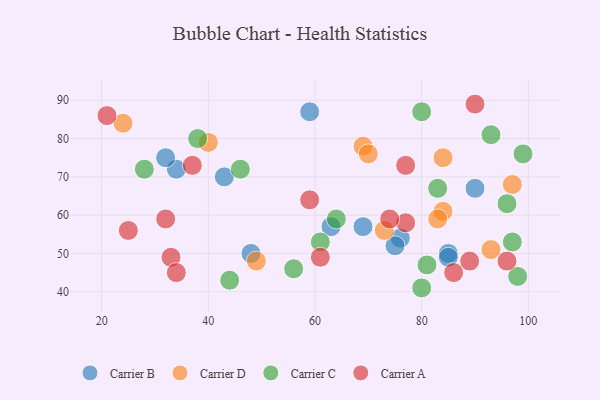
{"axis": {"x": "GDP", "y": "Life Expectancy"}, "legend": ["Carrier A", "Carrier B", "Carrier C", "Carrier D"], "data": [{"x": "48", "y": 50, "type": "Carrier B"}, {"x": "76", "y": 54, "type": "Carrier B"}, {"x": "85", "y": 50, "type": "Carrier B"}, {"x": "63", "y": 57, "type": "Carrier B"}, {"x": "43", "y": 70, "type": "Carrier B"}, {"x": "75", "y": 52, "type": "Carrier B"}, {"x": "34", "y": 72, "type": "Carrier B"}, {"x": "85", "y": 49, "type": "Carrier B"}, {"x": "59", "y": 87, "type": "Carrier B"}, {"x": "90", "y": 67, "type": "Carrier B"}, {"x": "32", "y": 75, "type": "Carrier B"}, {"x": "69", "y": 57, "type": "Carrier B"}, {"x": "84", "y": 61, "type": "Carrier D"}, {"x": "73", "y": 56, "type": "Carrier D"}, {"x": "69", "y": 78, "type": "Carrier D"}, {"x": "49", "y": 48, "type": "Carrier D"}, {"x": "93", "y": 51, "type": "Carrier D"}, {"x": "40", "y": 79, "type": "Carrier D"}, {"x": "83", "y": 59, "type": "Carrier D"}, {"x": "97", "y": 68, "type": "Carrier D"}, {"x": "24", "y": 84, "type": "Carrier D"}, {"x": "70", "y": 76, "type": "Carrier D"}, {"x": "84", "y": 75, "type": "Carrier D"}, {"x": "80", "y": 41, "type": "Carrier C"}, {"x": "80", "y": 87, "type": "Carrier C"}, {"x": "99", "y": 76, "type": "Carrier C"}, {"x": "56", "y": 46, "type": "Carrier C"}, {"x": "97", "y": 53, "type": "Carrier C"}, {"x": "96", "y": 63, "type": "Carrier C"}, {"x": "81", "y": 47, "type": "Carrier C"}, {"x": "93", "y": 81, "type": "Carrier C"}, {"x": "98", "y": 44, "type": "Carrier C"}, {"x": "83", "y": 67, "type": "Carrier C"}, {"x": "38", "y": 80, "type": "Carrier C"}, {"x": "61", "y": 53, "type": "Carrier C"}, {"x": "28", "y": 72, "type": "Carrier C"}, {"x": "64", "y": 59, "type": "Carrier C"}, {"x": "44", "y": 43, "type": "Carrier C"}, {"x": "46", "y": 72, "type": "Carrier C"}, {"x": "86", "y": 45, "type": "Carrier A"}, {"x": "33", "y": 49, "type": "Carrier A"}, {"x": "90", "y": 89, "type": "Carrier A"}, {"x": "59", "y": 64, "type": "Carrier A"}, {"x": "21", "y": 86, "type": "Carrier A"}, {"x": "77", "y": 73, "type": "Carrier A"}, {"x": "37", "y": 73, "type": "Carrier A"}, {"x": "25", "y": 56, "type": "Carrier A"}, {"x": "77", "y": 58, "type": "Carrier A"}, {"x": "61", "y": 49, "type": "Carrier A"}, {"x": "34", "y": 45, "type": "Carrier A"}, {"x": "32", "y": 59, "type": "Carrier A"}, {"x": "89", "y": 48, "type": "Carrier A"}, {"x": "74", "y": 59, "type": "Carrier A"}, {"x": "96", "y": 48, "type": "Carrier A"}]}